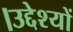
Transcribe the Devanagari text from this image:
।उद्देश्यों